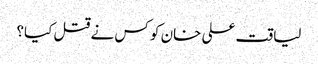
لیاقت علی خان کو کس نے قتل کیا؟